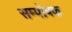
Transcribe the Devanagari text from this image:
सम्पोषक